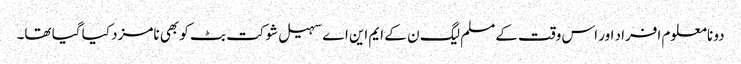
دو نامعلوم افراد اور اس وقت کےمسلم لیگ ن کے ایم این اے سہیل شوکت بٹ کو بھی نامزد کیا گیا تھا۔